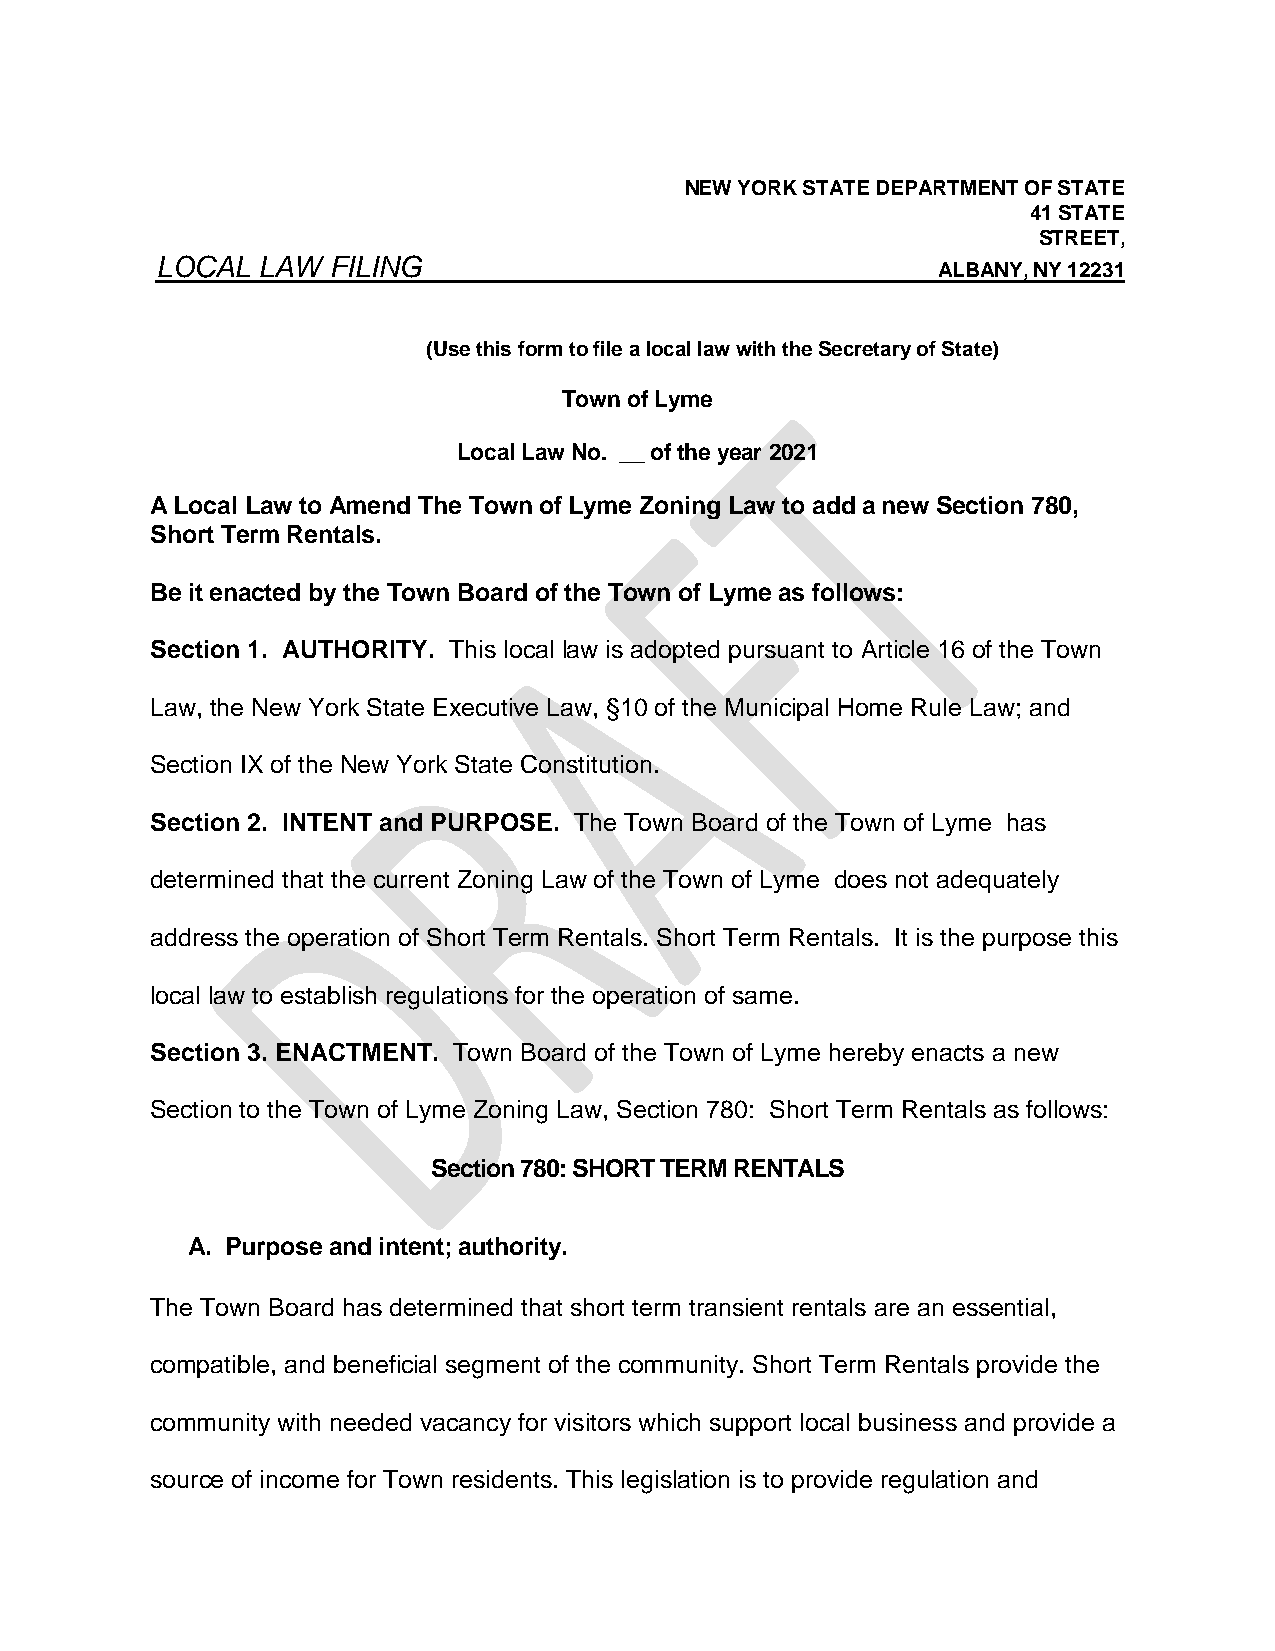
NEW YORK STATE DEPARTMENT OF STATE
 41 STATE
 STREET,
 LOCAL  LAW  FILING
 ALBANY, NY 12231
 (Use this form to file a local law with the Secretary of State)
 Town of Lyme
 Local Law No. __ of the year 2021
 A Local Law to Amend The Town of Lyme Zoning Law to add a new Section 780,
 Short Term Rentals.
 Be it enacted by the Town Board of the Town of Lyme as follows:
 Section 1. AUTHORITY. This local law is adopted pursuant to Article 16 of the Town
 Law, the New York State Executive Law, §10 of the Municipal Home Rule Law; and
 Section IX of the New York State Constitution.
 Section 2. INTENT and PURPOSE. The Town Board of the Town of Lyme has
 determined that the current Zoning Law of the Town of Lyme does not adequately
 address the operation of Short Term Rentals. Short Term Rentals. It is the purpose this
 local law to establish regulations for the operation of same.
 Section 3. ENACTMENT. Town Board of the Town of Lyme hereby enacts a new
 Section to the Town of Lyme Zoning Law, Section 780: Short Term Rentals as follows:
 Section 780: SHORT TERM RENTALS
 A. Purpose and intent; authority.
 The Town Board has determined that short term transient rentals are an essential,
 compatible, and beneficial segment of the community. Short Term Rentals provide the
 community with needed vacancy for visitors which support local business and provide a
 source of income for Town residents. This legislation is to provide regulation and